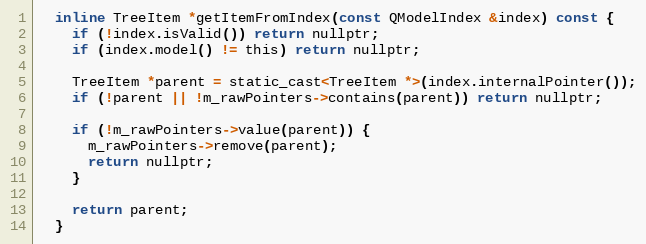
Language: C
  inline TreeItem *getItemFromIndex(const QModelIndex &index) const {
    if (!index.isValid()) return nullptr;
    if (index.model() != this) return nullptr;

    TreeItem *parent = static_cast<TreeItem *>(index.internalPointer());
    if (!parent || !m_rawPointers->contains(parent)) return nullptr;

    if (!m_rawPointers->value(parent)) {
      m_rawPointers->remove(parent);
      return nullptr;
    }

    return parent;
  }